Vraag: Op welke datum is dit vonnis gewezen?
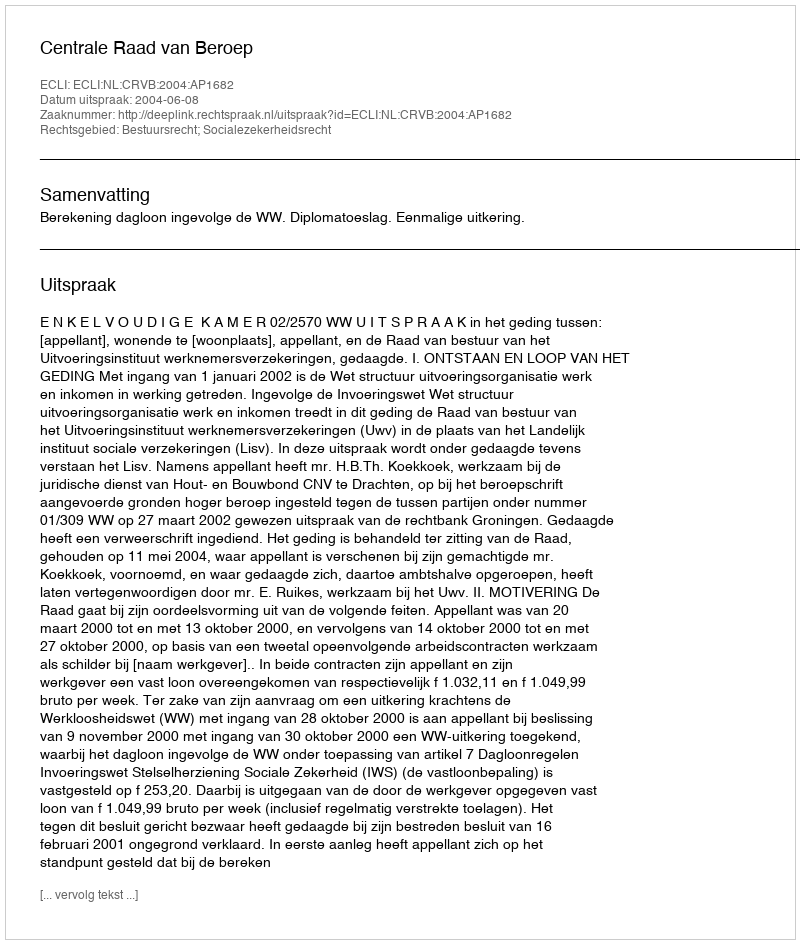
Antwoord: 2004-06-08